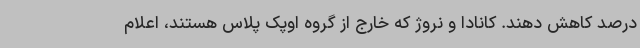
درصد کاهش دهند. کانادا و نروژ که خارج از گروه اوپک پلاس هستند، اعلام